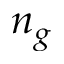
n _ { g }